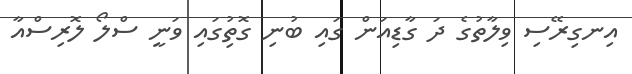
އިނގިރޭސި ވިލާތުގެ ދަ ގާޑިއަން ގައި ބުނި ގޮތުިގައި ވަނީ ސްލޯ ލޮރިސްއާ